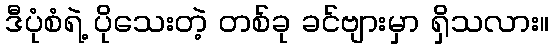
ဒီပုံစံရဲ့ ပိုသေးတဲ့ တစ်ခု ခင်ဗျားမှာ ရှိသလား။